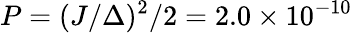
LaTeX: P=(J/\Delta)^{2}/2=2.0\times 10^{-10}